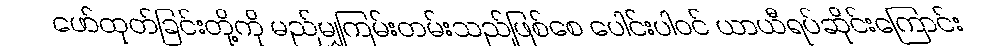
ဖော်ထုတ်ခြင်းတို့ကို မည်မျှကြမ်းတမ်းသည်ဖြစ်စေ ပေါင်းပါဝင် ယာယီရပ်ဆိုင်းကြောင်း